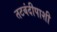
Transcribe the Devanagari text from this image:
तटबंदीपाशी